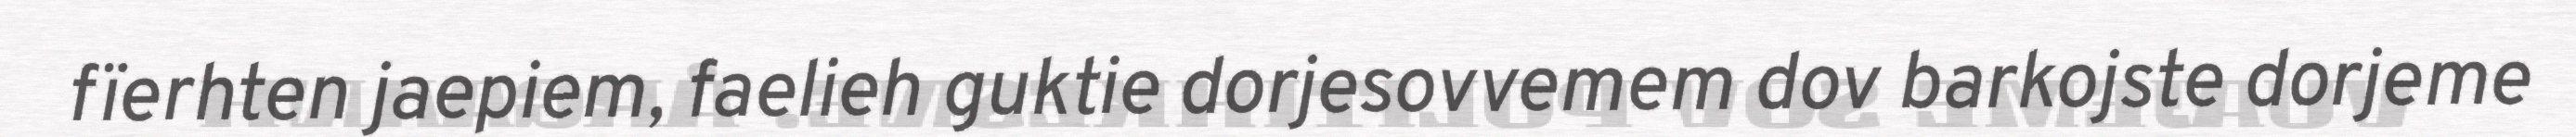
fïerhten jaepiem, faelieh guktie dorjesovvemem dov barkojste dorjeme